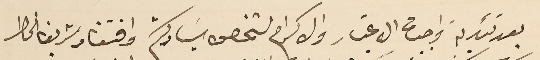
بعد تئدية واجبات الاعتبار والاكرام لشخص سَيادتكم وافتقاد شريف الخاطر